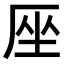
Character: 𠩜